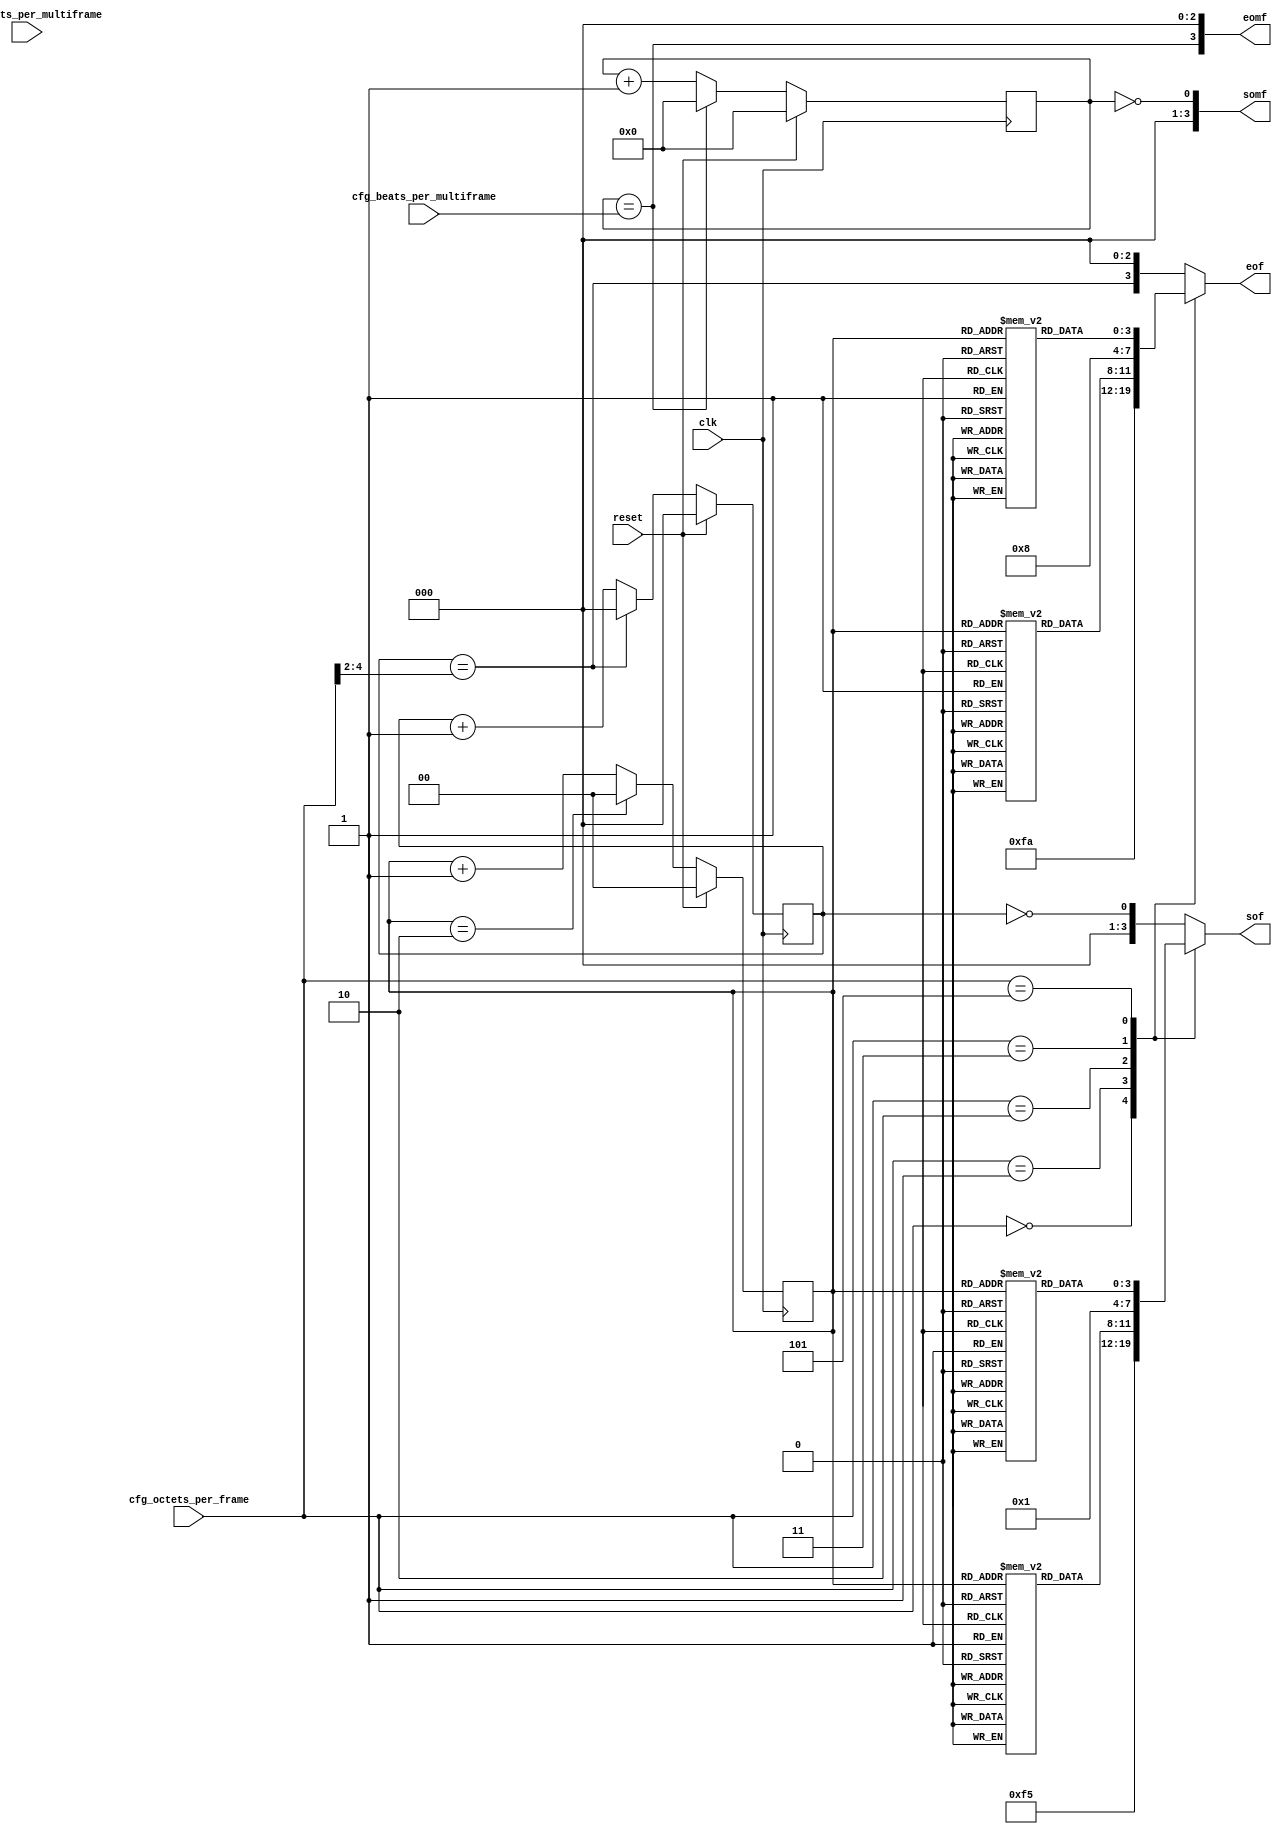
// ***************************************************************************
// ***************************************************************************
// Copyright (C) 2020-2022 Analog Devices, Inc. All rights reserved.
// SPDX short identifier: ADIJESD204
// ***************************************************************************
// ***************************************************************************

// Limitations:
//  for DATA_PATH_WIDTH = 4, 8
//    F*K=4, multiples of DATA_PATH_WIDTH
//    F=1,2,3,4,6, and multiples of DATA_PATH_WIDTH
//  for DATA_PATH_WIDTH = 6
//    F=3,6
//  for DATA_PATH_WIDTH = 12
//    F=3,6,12

`timescale 1ns/100ps

module jesd204_frame_mark #(
  parameter DATA_PATH_WIDTH = 4
) (
  input                             clk,
  input                             reset,
  input [9:0]                       cfg_octets_per_multiframe,
  input [7:0]                       cfg_beats_per_multiframe,
  input [7:0]                       cfg_octets_per_frame,

  output reg [DATA_PATH_WIDTH-1:0]  sof,
  output reg [DATA_PATH_WIDTH-1:0]  eof,
  output reg [DATA_PATH_WIDTH-1:0]  somf,
  output reg [DATA_PATH_WIDTH-1:0]  eomf
);

  localparam MAX_OCTETS_PER_FRAME = 32;
  localparam DPW_LOG2 = DATA_PATH_WIDTH == 8 ? 3 : DATA_PATH_WIDTH == 4 ? 2 : 1;
  localparam CW = MAX_OCTETS_PER_FRAME > 128 ? 8 :
    MAX_OCTETS_PER_FRAME > 64 ? 7 :
    MAX_OCTETS_PER_FRAME > 32 ? 6 :
    MAX_OCTETS_PER_FRAME > 16 ? 5 :
    MAX_OCTETS_PER_FRAME > 8 ? 4 :
    MAX_OCTETS_PER_FRAME > 4 ? 3 :
    MAX_OCTETS_PER_FRAME > 2 ? 2 : 1;
  localparam BEATS_PER_FRAME_WIDTH = CW-DPW_LOG2;
  localparam BEATS_PER_MF_WIDTH = 10-DPW_LOG2;

  // For DATA_PATH_WIDTH = 8, special case if F*K%8=4
  wire                              octets_per_mf_4_mod_8 = (DATA_PATH_WIDTH == 8) && ~cfg_octets_per_multiframe[2];
  reg [BEATS_PER_MF_WIDTH-1:0]      cur_beats_per_multiframe;
  reg                               mf_phase;
  reg [1:0]                         beat_cnt_mod_3;
  reg [BEATS_PER_FRAME_WIDTH-1:0]   beat_cnt_frame;
  wire                              cur_sof;
  wire                              cur_eof;
  reg [BEATS_PER_MF_WIDTH-1:0]      beat_cnt_mf;
  wire                              cur_somf;
  wire                              cur_eomf;
  wire [DATA_PATH_WIDTH-1:0]        default_sof;
  wire [DATA_PATH_WIDTH-1:0]        default_eof;

  wire [BEATS_PER_FRAME_WIDTH-1:0]  cfg_beats_per_frame = cfg_octets_per_frame[CW-1:DPW_LOG2];
  reg [DATA_PATH_WIDTH-1:0] sof_f_3[2:0];
  reg [DATA_PATH_WIDTH-1:0] eof_f_3[2:0];
  reg [DATA_PATH_WIDTH-1:0] sof_f_6[2:0];
  reg [DATA_PATH_WIDTH-1:0] eof_f_6[2:0];
  reg [DATA_PATH_WIDTH-1:0] sof_f_12[2:0];
  reg [DATA_PATH_WIDTH-1:0] eof_f_12[2:0];

  generate
  if(DATA_PATH_WIDTH == 4) begin : gen_dp_4
  initial begin
    sof_f_3[0] = {4'b1001};
    sof_f_3[1] = {4'b0100};
    sof_f_3[2] = {4'b0010};
    eof_f_3[0] = {4'b0100};
    eof_f_3[1] = {4'b0010};
    eof_f_3[2] = {4'b1001};
    sof_f_6[0] = {4'b0001};
    sof_f_6[1] = {4'b0100};
    sof_f_6[2] = {4'b0000};
    eof_f_6[0] = {4'b0000};
    eof_f_6[1] = {4'b0010};
    eof_f_6[2] = {4'b1000};
  end
  end else if(DATA_PATH_WIDTH == 6) begin : gen_dp_6
  initial begin
    sof_f_3[0] = {6'b001001};
    sof_f_3[1] = {6'b001001};
    sof_f_3[2] = {6'b001001};
    eof_f_3[0] = {6'b100100};
    eof_f_3[1] = {6'b100100};
    eof_f_3[2] = {6'b100100};
    sof_f_6[0] = {6'b000001};
    sof_f_6[1] = {6'b000001};
    sof_f_6[2] = {6'b000001};
    eof_f_6[0] = {6'b100000};
    eof_f_6[1] = {6'b100000};
    eof_f_6[2] = {6'b100000};
  end
  end else if(DATA_PATH_WIDTH == 8) begin : gen_dp_8
  initial begin
    sof_f_3[0]  = {8'b01001001};
    sof_f_3[1]  = {8'b10010010};
    sof_f_3[2]  = {8'b00100100};
    eof_f_3[0]  = {8'b00100100};
    eof_f_3[1]  = {8'b01001001};
    eof_f_3[2]  = {8'b10010010};
    sof_f_6[0]  = {8'b01000001};
    sof_f_6[1]  = {8'b00010000};
    sof_f_6[2]  = {8'b00000100};
    eof_f_6[0]  = {8'b00100000};
    eof_f_6[1]  = {8'b00001000};
    eof_f_6[2]  = {8'b10000010};
    sof_f_12[0] = {8'b00000001};
    sof_f_12[1] = {8'b00010000};
    sof_f_12[2] = {8'b00000000};
    eof_f_12[0] = {8'b00000000};
    eof_f_12[1] = {8'b00001000};
    eof_f_12[2] = {8'b10000000};
  end
  end
  // Beat count % 3, to support F=3, 6, 12
  always @(posedge clk) begin
    if(reset) begin
      beat_cnt_mod_3 <= 2'd0;
    end else begin
      if(beat_cnt_mod_3 == 2'd2) begin
        beat_cnt_mod_3 <= 2'd0;
      end else begin
        beat_cnt_mod_3 <= beat_cnt_mod_3 + 1'b1;
      end
    end
  end

  // Beat count per frame
  always @(posedge clk) begin
    if(reset) begin
      beat_cnt_frame <= {BEATS_PER_FRAME_WIDTH{1'b0}};
    end else begin
      if(beat_cnt_frame == cfg_beats_per_frame) begin
        beat_cnt_frame <= {BEATS_PER_FRAME_WIDTH{1'b0}};
      end else begin
        beat_cnt_frame <= beat_cnt_frame + 1'b1;
      end
    end
  end

  assign cur_sof = beat_cnt_frame == 0;
  assign cur_eof = beat_cnt_frame == cfg_beats_per_frame;

  assign default_sof = {{DATA_PATH_WIDTH-1{1'b0}}, cur_sof};
  assign default_eof = {cur_eof, {DATA_PATH_WIDTH-1{1'b0}}};

  // cfg_octets_per_frame must be a multiple of DATA_PATH_WIDTH
  // except for the following supported special cases
  always @(*) begin
    case(cfg_octets_per_frame)
      8'd0:
        begin
          sof = {DATA_PATH_WIDTH{1'b1}};
          eof = {DATA_PATH_WIDTH{1'b1}};
        end
      8'd1:
        begin
          sof = {DATA_PATH_WIDTH/2{2'b01}};
          eof = {DATA_PATH_WIDTH/2{2'b10}};
        end
      8'd2:
        begin
          sof = sof_f_3[beat_cnt_mod_3];
          eof = eof_f_3[beat_cnt_mod_3];
        end
      8'd3:
        begin
          sof = {DATA_PATH_WIDTH/4{4'b0001}};
          eof = {DATA_PATH_WIDTH/4{4'b1000}};
        end
      8'd5:
        begin
          sof = sof_f_6[beat_cnt_mod_3];
          eof = eof_f_6[beat_cnt_mod_3];
        end
      8'd11:
        begin
          sof = (DATA_PATH_WIDTH == 4) ? default_sof : sof_f_12[beat_cnt_mod_3];
          eof = (DATA_PATH_WIDTH == 4) ? default_eof : eof_f_12[beat_cnt_mod_3];
        end
      default:
        begin
          sof = default_sof;
          eof = default_eof;
        end
    endcase
  end

  // Beat count per multiframe
  // Only support F*K%4=0
  // If DATA_PATH_WIDTH == 4, or if DATA_PATH_WIDTH == 8 and F*K%8=0,
  // then multiframes always start/end at the first/last octet in the data bus
  // Otherwise, start/end of multiframe have more complicated patterns
  always @(posedge clk) begin
    if(reset) begin
      beat_cnt_mf <= 8'b0;
      mf_phase <= 1'b0;
    end else begin
      if(beat_cnt_mf == cur_beats_per_multiframe) begin
        beat_cnt_mf <= 8'b0;
        mf_phase <= ~mf_phase;
      end else begin
        beat_cnt_mf <= beat_cnt_mf + 1'b1;
      end
    end
  end

  assign cur_somf = beat_cnt_mf == 0;
  assign cur_eomf = beat_cnt_mf == cur_beats_per_multiframe;

  if(DATA_PATH_WIDTH == 4 || DATA_PATH_WIDTH == 6) begin : gen_mf_dp_4_6
  always @(*) begin
    cur_beats_per_multiframe = cfg_beats_per_multiframe;
    somf = {{DATA_PATH_WIDTH-1{1'b0}}, cur_somf};
    eomf = {cur_eomf, {DATA_PATH_WIDTH-1{1'b0}}};
  end
  end else if(DATA_PATH_WIDTH == 8) begin : gen_mf_dp_8
  always @(*) begin
     // cfg_octets_per_multiframe = 4
     if(cfg_octets_per_multiframe[9:2] == 0) begin
       cur_beats_per_multiframe = 8'hXX;
       somf = 8'h11;
       eomf = 8'h88;
     end else if(~octets_per_mf_4_mod_8) begin
       cur_beats_per_multiframe = cfg_beats_per_multiframe;
       somf = {{DATA_PATH_WIDTH-1{1'b0}}, cur_somf};
       eomf = {cur_eomf, {DATA_PATH_WIDTH-1{1'b0}}};
     end else begin
        cur_beats_per_multiframe = cfg_beats_per_multiframe - mf_phase;
        if((mf_phase == 0) && (beat_cnt_mf == 0)) begin
          somf = 8'h01;
        end else if((mf_phase == 0) && (beat_cnt_mf == cur_beats_per_multiframe)) begin
          somf = 8'h10;
        end else begin
          somf = 8'b0;
        end

        if((mf_phase == 0) && (beat_cnt_mf == cur_beats_per_multiframe)) begin
          eomf = 8'h08;
        end else if((mf_phase == 1) && (beat_cnt_mf == cur_beats_per_multiframe)) begin
          eomf = 8'h80;
        end else begin
          eomf = 8'b0;
        end
     end
  end
  end
  endgenerate

endmodule